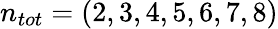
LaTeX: n_{tot}=(2,3,4,5,6,7,8)